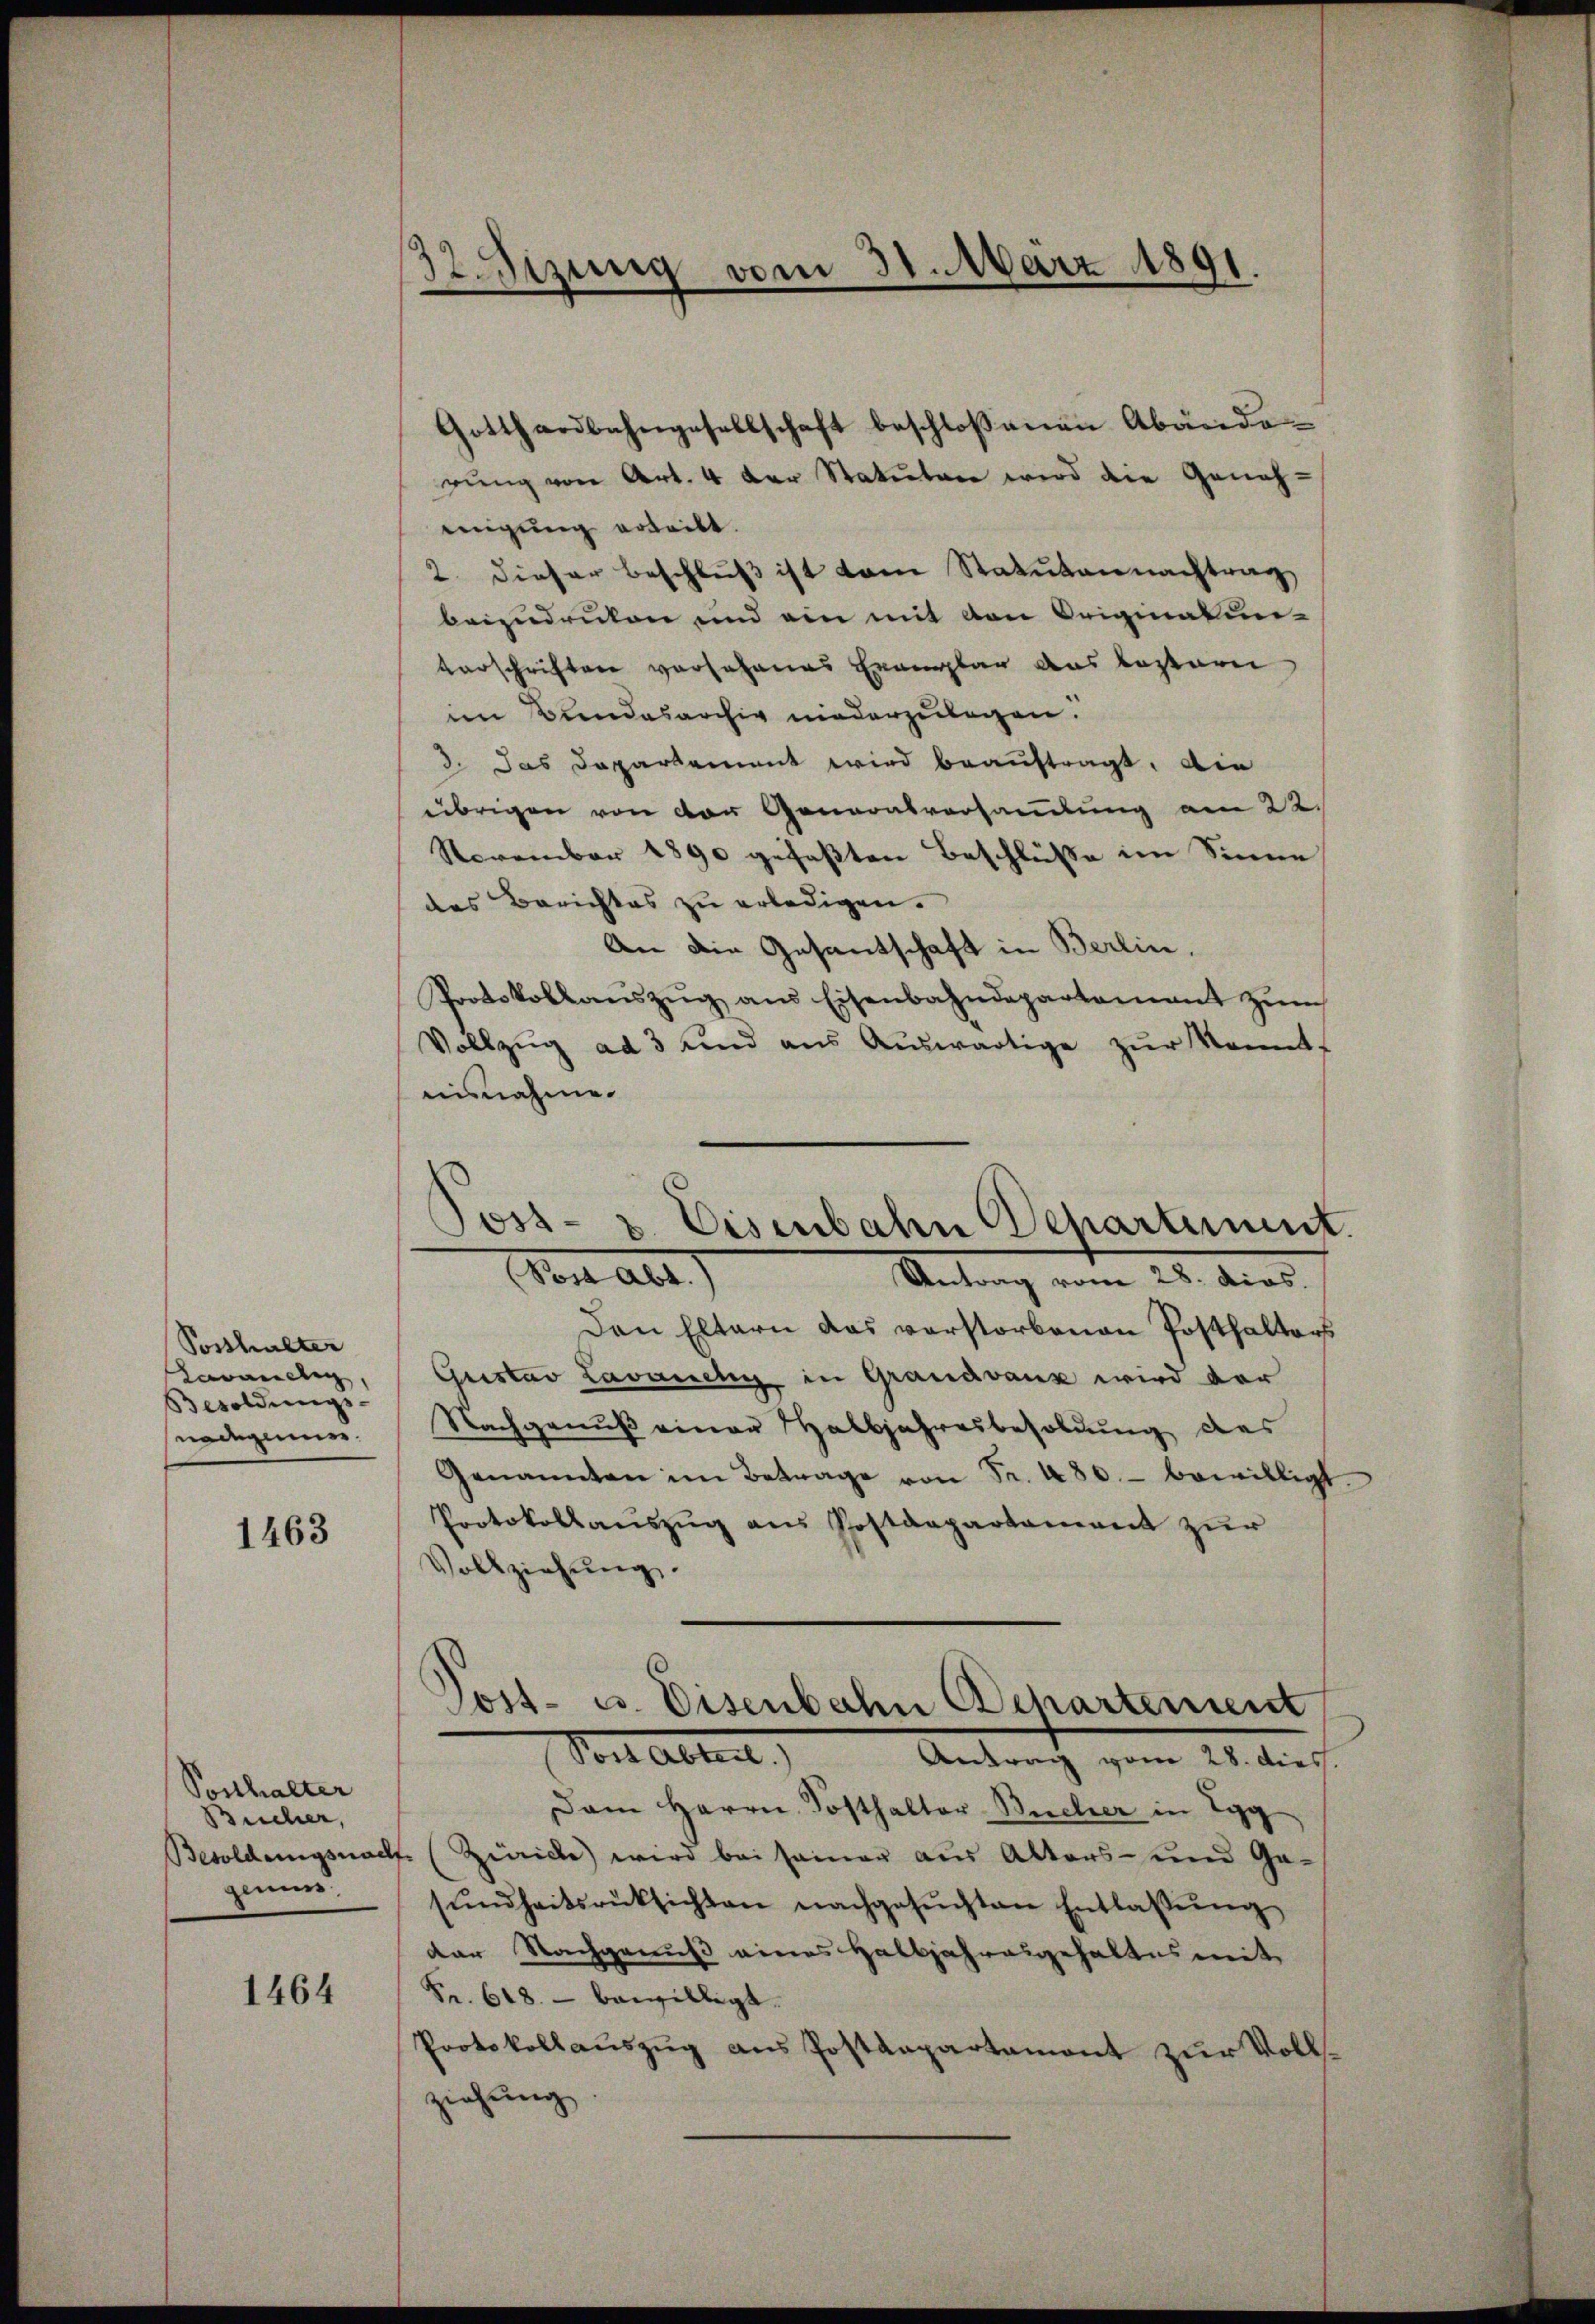
Posthalter
Kavanclin
Besoldungs-
nadigener.

1463

Posthalter
Bucher,
gemis

1464

Gotthardbahngesellschaft beschloβanen Abände-
rŭng von Art. 4 der Statuten wird die Geneh-
migung erteibt.
2. dieser Beschlŭβ ist vom Statutannachtrag
beizudruken und ein mit den Originatur-
verschriften vor Johanes Erauzbar das besteri
im Bundesarchiv niederzulegen.
3. Das Departement wird beauftragt. Die
übrigen von der Generalverhandlung am 22.
November 1890 gefaßten Beschlüsse im Sinne
des Berichtes zu erledigen.
An die Gesantschaft in Berlin.
Protokollaŭszŭg am Eisenbahndepartamant zŭm
Vollzug ad 3 und aus Auswärtige zur Kennt
aisnahme.
Den Eltern das verstorbenen Posthalters
Gustav Lavamchy, in Grandvanz wird der
Nachgenuß einer Halbjahresbesoldung des
Genannten im Betrage von Fr. 480. bewilligt
Protokollaŭszŭg ans Postdepartament zur
Vollziehung.
Post- u. Eisenbahn Departement
Post Abteil.) Antrag vom 28. dies.
Dam Herrn Posthalter-Bucher in Egg
Besoldungsnach (Zürich) wird bei seiner aus Alters- und Ga-
sŭndheitsrücksichten nachgesŭchten Entlassŭng
der Nachgenuß eines Halbjahresgehaltes mit
Fr. 618. - bewilligt.
Protokollauszug aus Postkapartament zur Vollziehung

32. Setzung vom 31. März 1891.
—

Post- u. Eisenbahn Departement
n Alt
Antrag vom 28. dias.